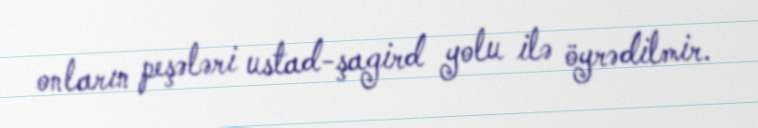
onların peşələri ustad-şagird yolu ilə öyrədilmir.